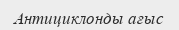
Антициклонды ағыс